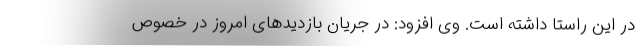
در این راستا داشته است. وی افزود: در جریان بازدیدهای امروز در خصوص